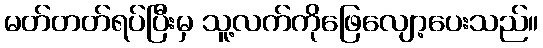
မတ်တတ်ရပ်ပြီးမှ သူ့လက်ကိုဖြေလျော့ပေးသည်။